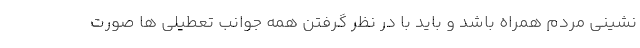
نشینی مردم همراه باشد و باید با در نظر گرفتن همه جوانب تعطیلی ها صورت